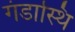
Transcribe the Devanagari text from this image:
गंडास्थि